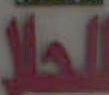
الحلا